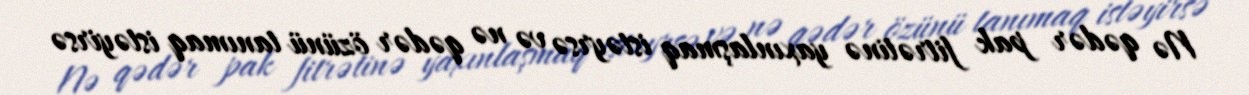
Nə qədər pak fitrətinə yaxınlaşmaq istəyrsə və nə qədər özünü tanımaq istəyirsə